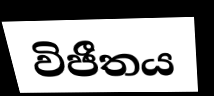
විජීතය